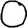
Digit: 0